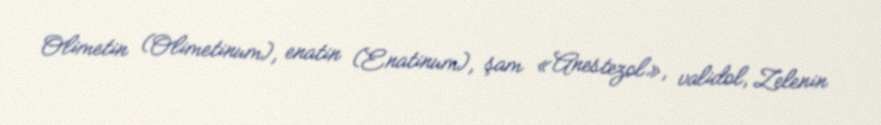
Olimetin (Olimetinum), enatin (Enatinum), şam «Anestezol», validol, Zelenin